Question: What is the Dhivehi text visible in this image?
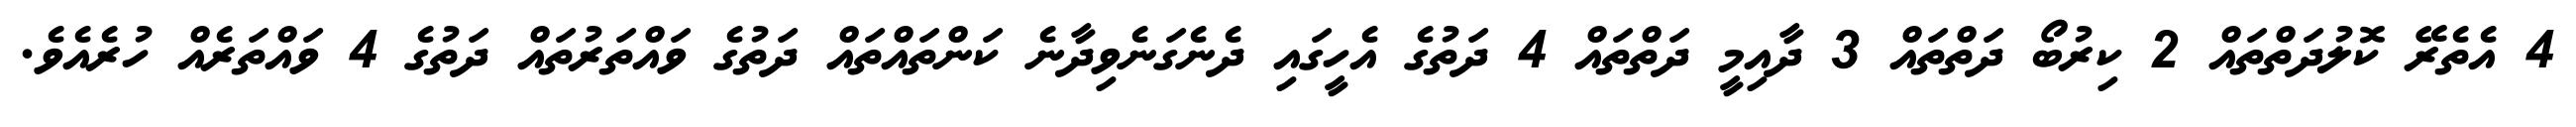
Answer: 4 އެތެރޭ ކޮލުދަތްތައް 2 ކިރުބޯ ދަތްތައް 3 ދާއިމީ ދަތްތައް 4 ދަތުގެ އެހީގައި ދެނެގަނެވިދާނެ ކަންތައްތައް ދަތުގެ ވައްތަރުތައް ދަތުގެ 4 ވައްތަރެއް ހުރެއެވެ.